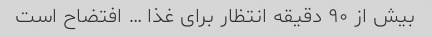
بیش از ٩٠ دقیقه انتظار برای غذا … افتضاح است